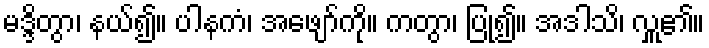
မဒ္ဒိတွာ၊ နယ်၍။ ပါနကံ၊ အဖျော်ကို။ ကတွာ၊ ပြု၍။ အဒါသိ၊ လှူ၏။